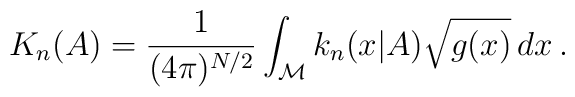
K_n(A)=\frac{1}{(4\pi)^{N/2}}\int_{\cal M}k_n(x|A) \sqrt{g(x)}\,dx\:.\nonumber